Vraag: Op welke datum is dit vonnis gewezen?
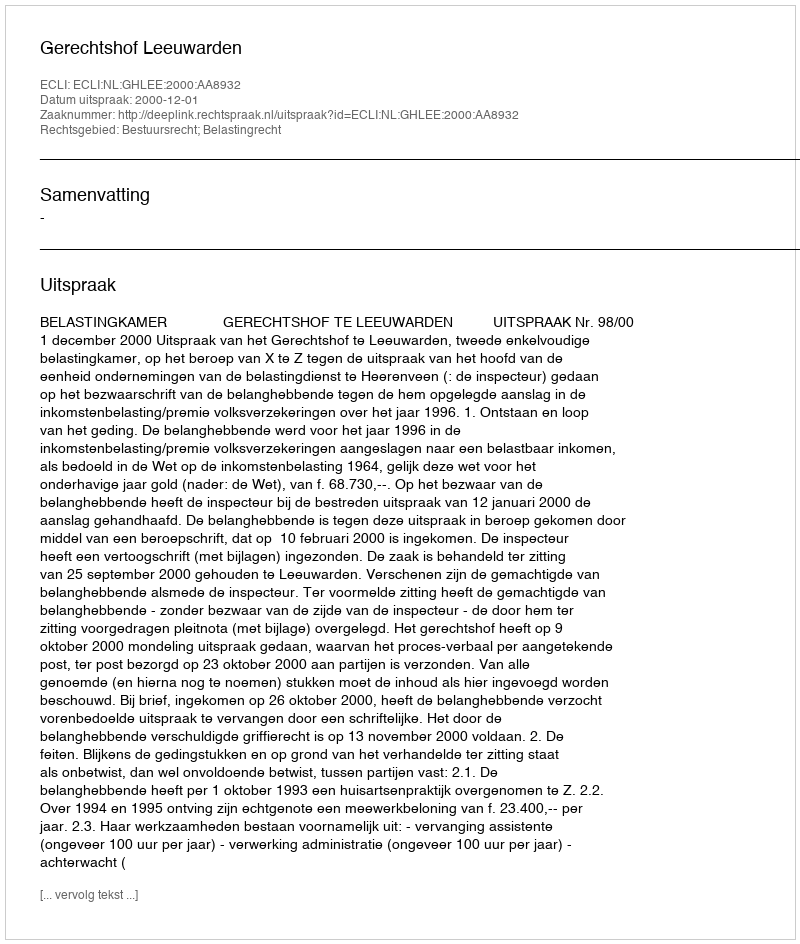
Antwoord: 2000-12-01